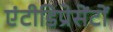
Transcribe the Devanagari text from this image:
एंटीडिप्रेसेंटों